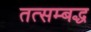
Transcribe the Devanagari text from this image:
तत्सम्बद्ध